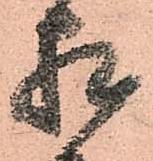
相